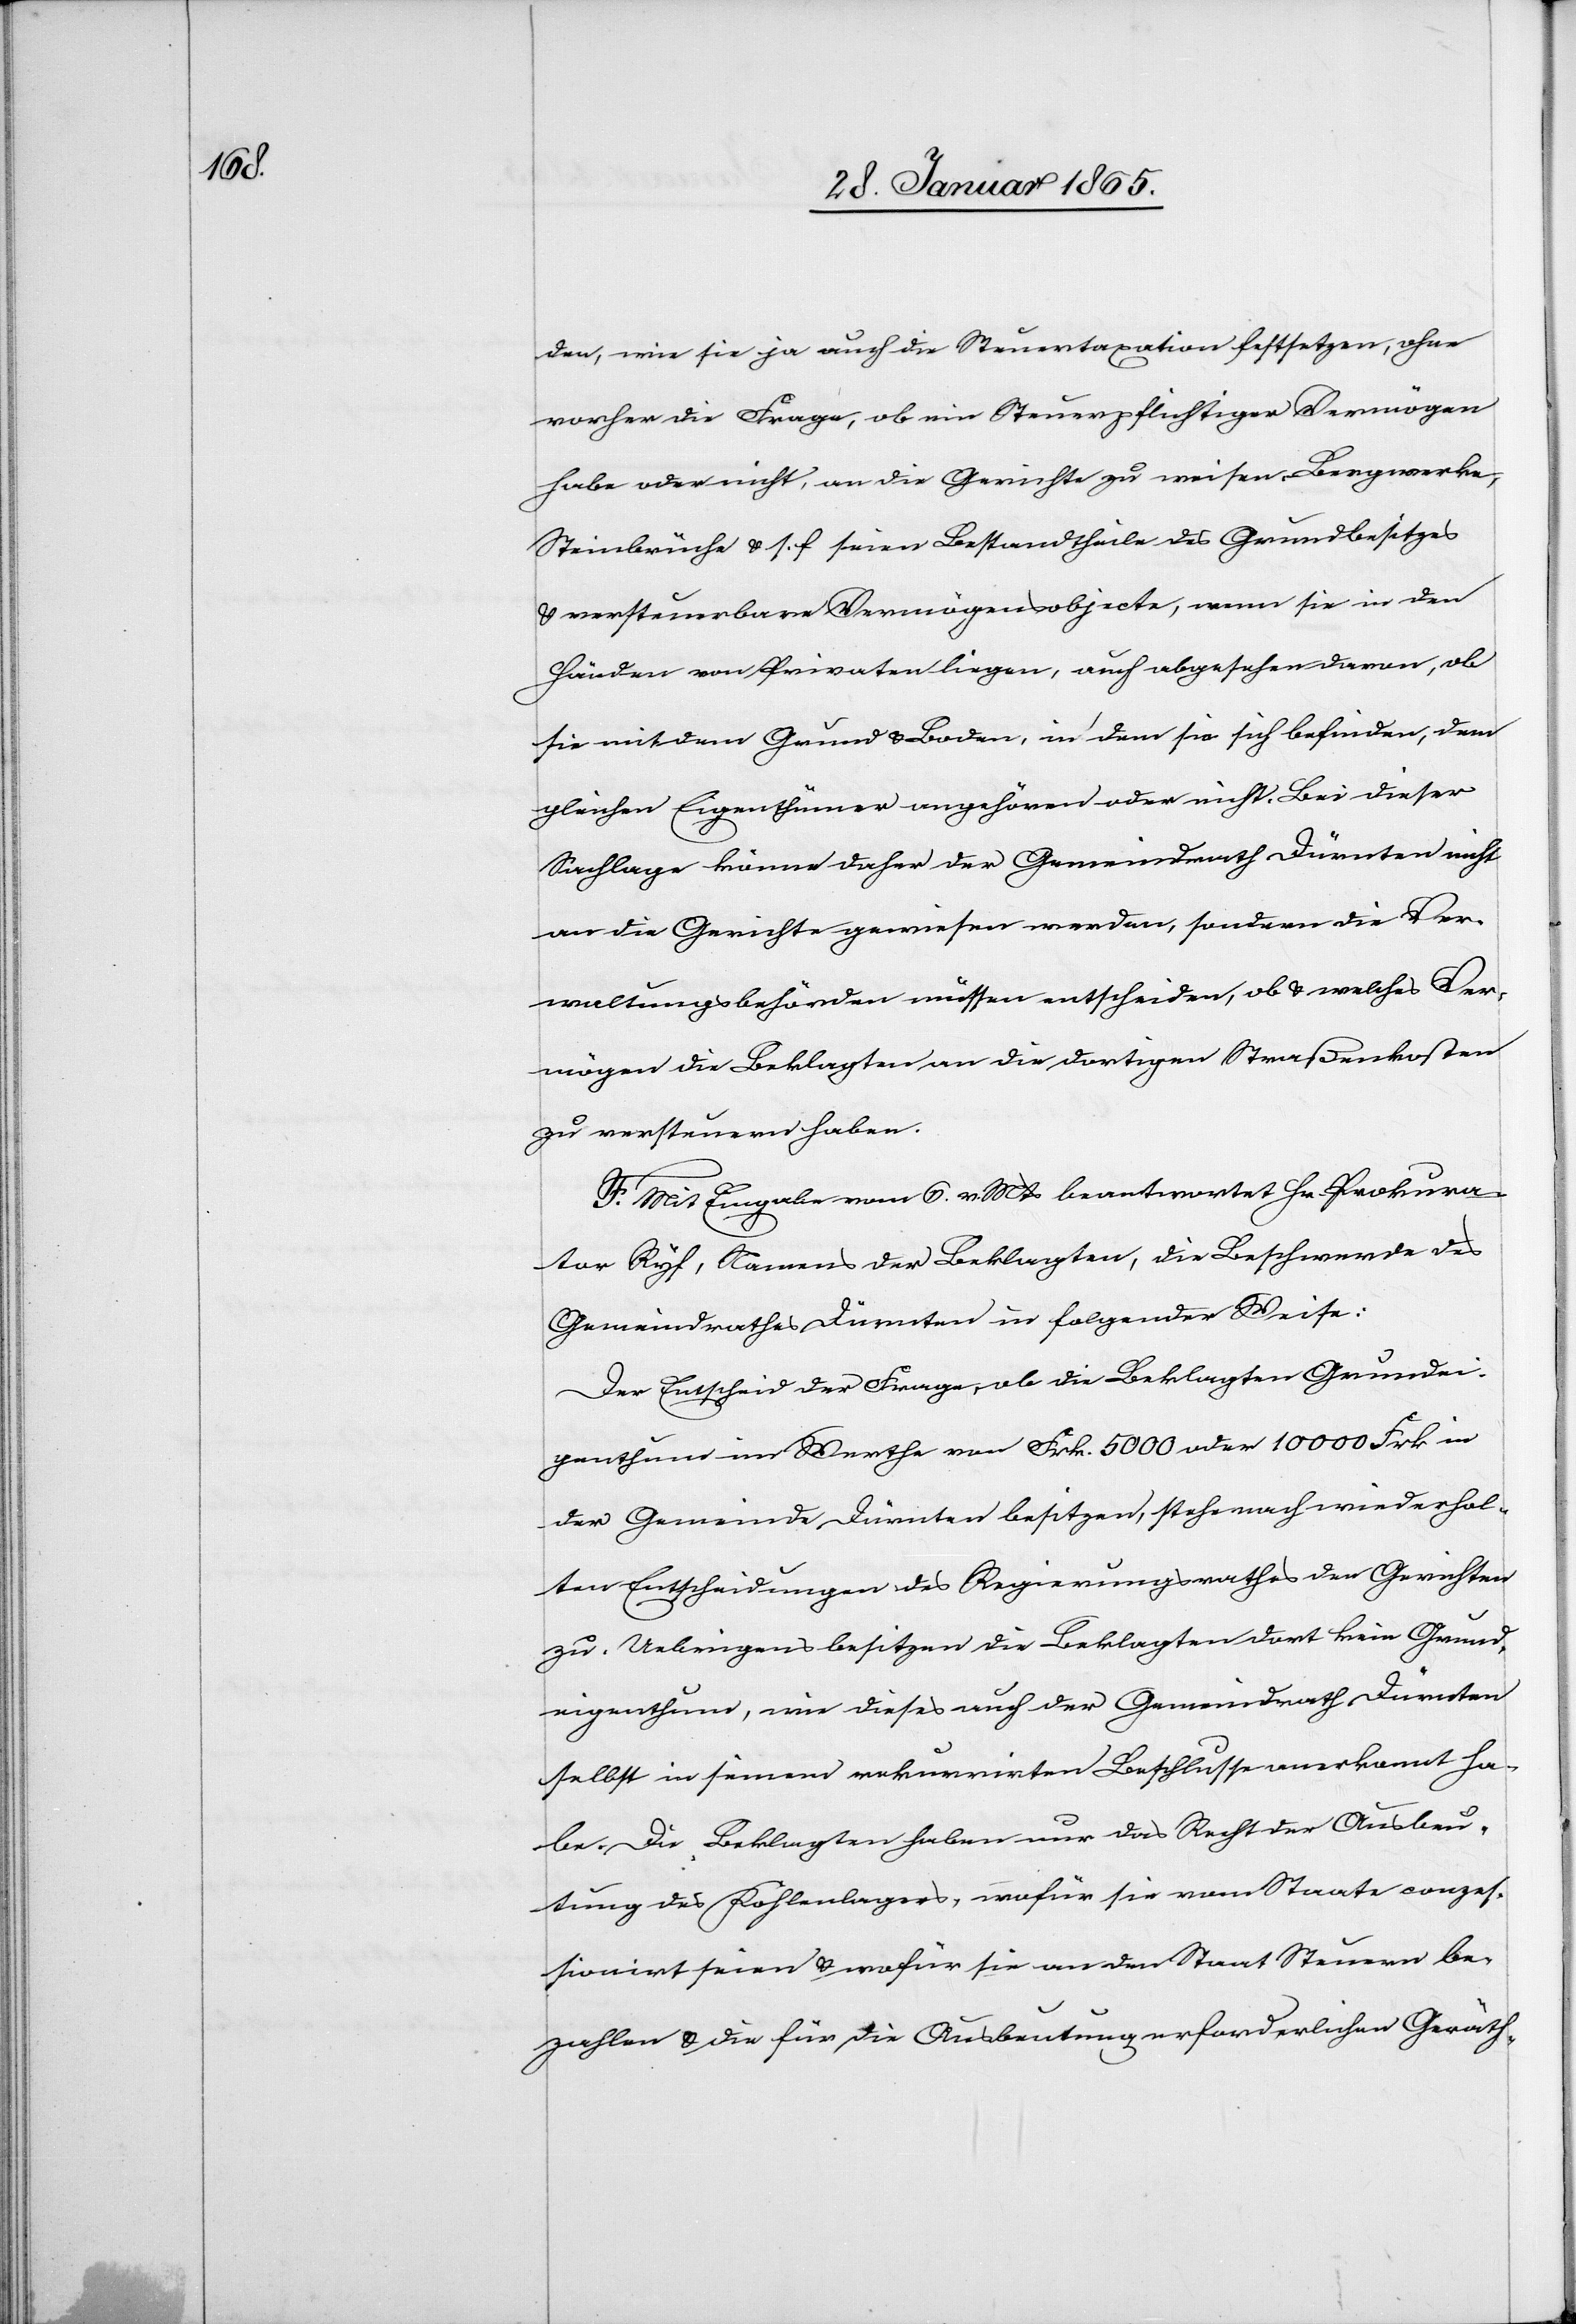
den, wie sie ja auch die Steuertaxation festsetzen, ohne
vorher die Frage, ob ein Steuerpflichtiger Vermögen
habe oder nicht, an die Gerichte zu weisen. Bergwerke,
Steinbrüche u. s. f. seien Bestandtheile des Grundbesitzes
u. versteuerbare Vermögensobjecte, wenn sie in den
Händen von Privaten liegen, auch abgesehen davon, ob
sie mit dem Grund u. Boden, in dem sie sich befinden, dem
gleichen Eigenthümer angehören oder nicht. Bei dieser
Sachlage könne daher der Gemeindrath Dürnten nicht
an die Gerichte gewiesen werden, sondern die Ver¬
waltungsbehörden müssen entscheiden, ob u. welches Ver¬
mögen die Beklagten an die dortigen Straßenkosten
zu versteuern haben.
F. Mit Eingabe vom 6. v. Mts beantwortet Hr. Prokura¬
tor Ryf, Namens der Beklagten, die Beschwerde des
Gemeindrathes Dürnten in folgender Weise:
Der Entscheid der Frage, ob die Beklagten Grundei¬
genthum im Werthe von Frk. 5000 oder 10 000 Frk in
der Gemeinde Dürnten besitzen, stehe nach wiederhol¬
ten Entscheidungen des Regierungsrathes der Gerichten
zu. Uebrigens besitzen die Beklagten dort kein Grund¬
eigenthum, wie dieses auch der Gemeindrath Dürnten
selbst in seinem rekurrirten Beschlusse anerkannt ha¬
be. Die Beklagten haben nur das Recht der Ausbeu¬
tung des Kohlenlagers, wofür sie vom Staate conzes¬
sionirt seien u. wofür sie an den Staat Steuern be¬
zahlen u. die für die Ausbeutung erforderlichen Geräth-